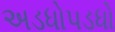
અડધોપડધો